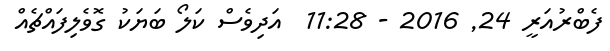
ފެބްރުއަރީ 24